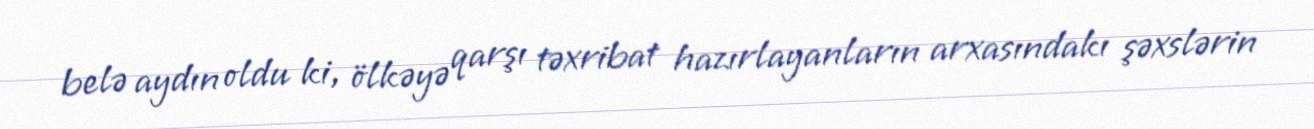
belə aydın oldu ki, ölkəyə qarşı təxribat hazırlayanların arxasındakı şəxslərin